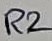
Text: R2